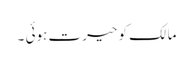
مالک کو حیرت ہوئی ۔